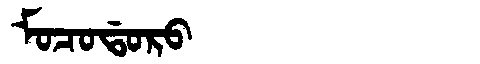
Manchu: ᠮᠣᠴᠣᡩᠣᡵᠣ
Romanization: MOCODORO